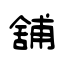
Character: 舖